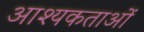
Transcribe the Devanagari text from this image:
आश्यकताओं